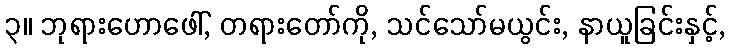
၃။ ဘုရားဟောဖေါ်, တရားတော်ကို, သင်သော်မယွင်း, နာယူခြင်းနှင့်,